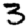
Digit: 3